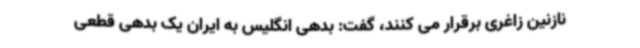
نازنین زاغری برقرار می کنند، گفت: بدهی انگلیس به ایران یک بدهی قطعی